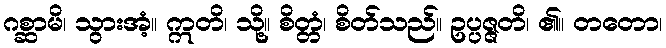
ဂစ္ဆာမိ၊ သွားအံ့။ ဣတိ၊ သို့။ စိတ္တံ၊ စိတ်သည်။ ဥပ္ပဇ္ဇတိ၊ ၏။ တတော၊